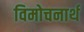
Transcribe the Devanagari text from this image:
विमोचनार्थ